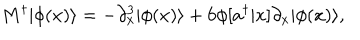
M ^ { \dagger } | \phi ( x ) \rangle = - \partial _ { x } ^ { 3 } | \phi ( x ) \rangle + 6 \phi [ a ^ { \dagger } | x ] \partial _ { x } | \phi ( x ) \rangle ,